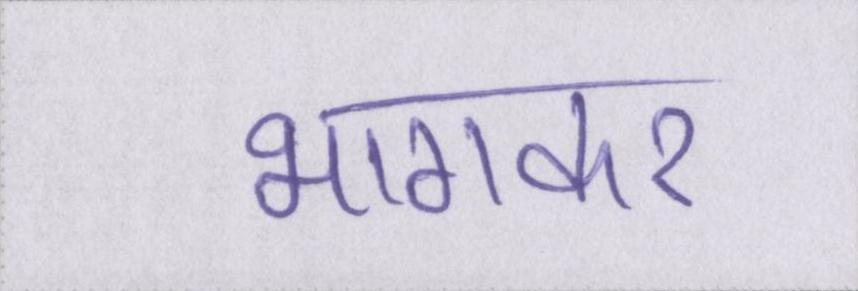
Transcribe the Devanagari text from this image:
भागकर